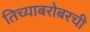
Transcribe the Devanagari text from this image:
तिच्याबरोबरची